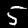
Digit: 5